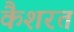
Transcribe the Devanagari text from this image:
कैशरत